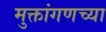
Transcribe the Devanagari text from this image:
मुक्तांगणच्या